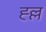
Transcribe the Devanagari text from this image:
ह्ल्ल